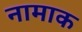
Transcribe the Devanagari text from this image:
नामाक